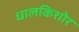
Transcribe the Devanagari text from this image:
धालकिशोर